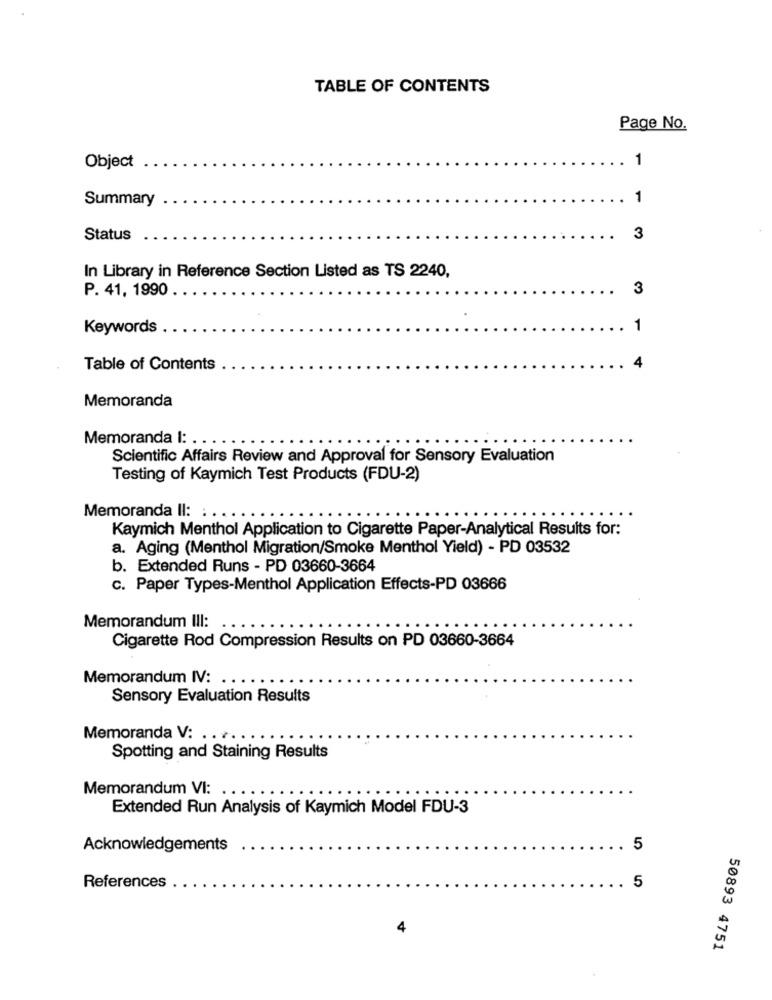
TABLE OF CONTENTS
Page No.
.
1
Object
Summary
1
Status
3
In Library in Reference Section Listed as TS 2240,
P. 41, 1990 .
3
Keywords
1
4
Table of Contents
.
Memoranda
Memoranda I: . . .
Scientific Affairs Review and Approval for Sensory Evaluation
Testing of Kaymich Test Products (FDU-2)
Memoranda Il: : . .
Kaymich Menthol Application to Cigarette Paper-Analytical Results for:
a. Aging (Menthol Migration/Smoke Menthol Yield) - PD 03532
b. Extended Runs - PD 03660-3664
c. Paper Types-Menthol Application Effects-PD 03666
Memorandum III:
Cigarette Rod Compression Results on PD 03660-3664
Memorandum IV: . . .
Sensory Evaluation Results
Memoranda V: . . . . .
Spotting and Staining Results
Memorandum VI: .
Extended Run Analysis of Kaymich Model FDU-3
Acknowledgements
.
5
5
References
4
50893 4751